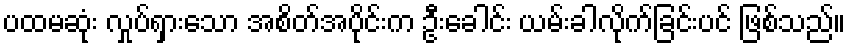
ပထမဆုံး လှုပ်ရှားသော အစိတ်အပိုင်းက ဦးခေါင်း ယမ်းခါလိုက်ခြင်းပင် ဖြစ်သည်။